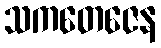
သကတေဇေန